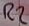
Text: R2